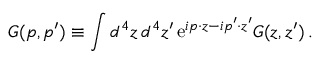
G ( p , p ^ { \prime } ) \equiv \int d ^ { 4 } z \, d ^ { 4 } z ^ { \prime } \, \mathrm { e } ^ { i p \cdot z - i p ^ { \prime } \cdot z ^ { \prime } } G ( z , z ^ { \prime } ) \, .